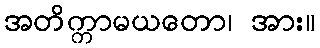
အတိက္ကာမယတော၊ အား။